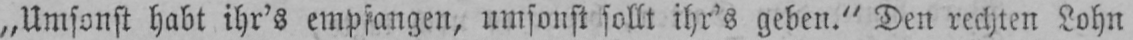
„Umsonst habt ihr’s empfangen, umsonst sollt ihr’s geben.“ Den rechten Lohn